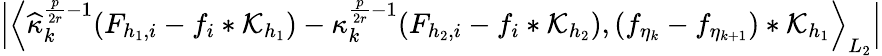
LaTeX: \Big|\Big\langle\widehat{\kappa}_{k}^{\frac{p}{2r}-1}(F_{{h_{1}},i}-f_{i}*\mathcal{K}_{h_{1}})-\kappa_{k}^{\frac{p}{2r}-1}(F_{{h_{2}},i}-f_{i}*\mathcal{K}_{h_{2}}),(f_{\eta_{k}}-f_{\eta_{k+1}})*\mathcal{K}_{h_{1}}\Big\rangle_{L_{2}}\Big|